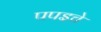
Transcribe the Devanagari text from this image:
पपइचे